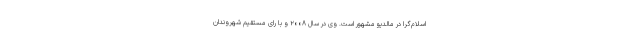
اسلام‌گرا در مالدیو مشهور است. وی در سال ۲۰۰۸ و با رای مستقیم شهروندان